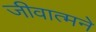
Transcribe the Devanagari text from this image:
जीवात्मने